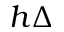
h \Delta